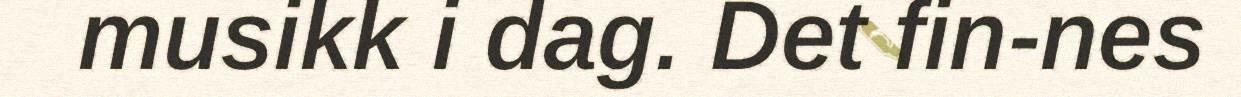
musikk i dag. Det fin-nes